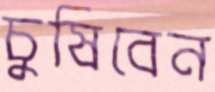
চুষিবেন